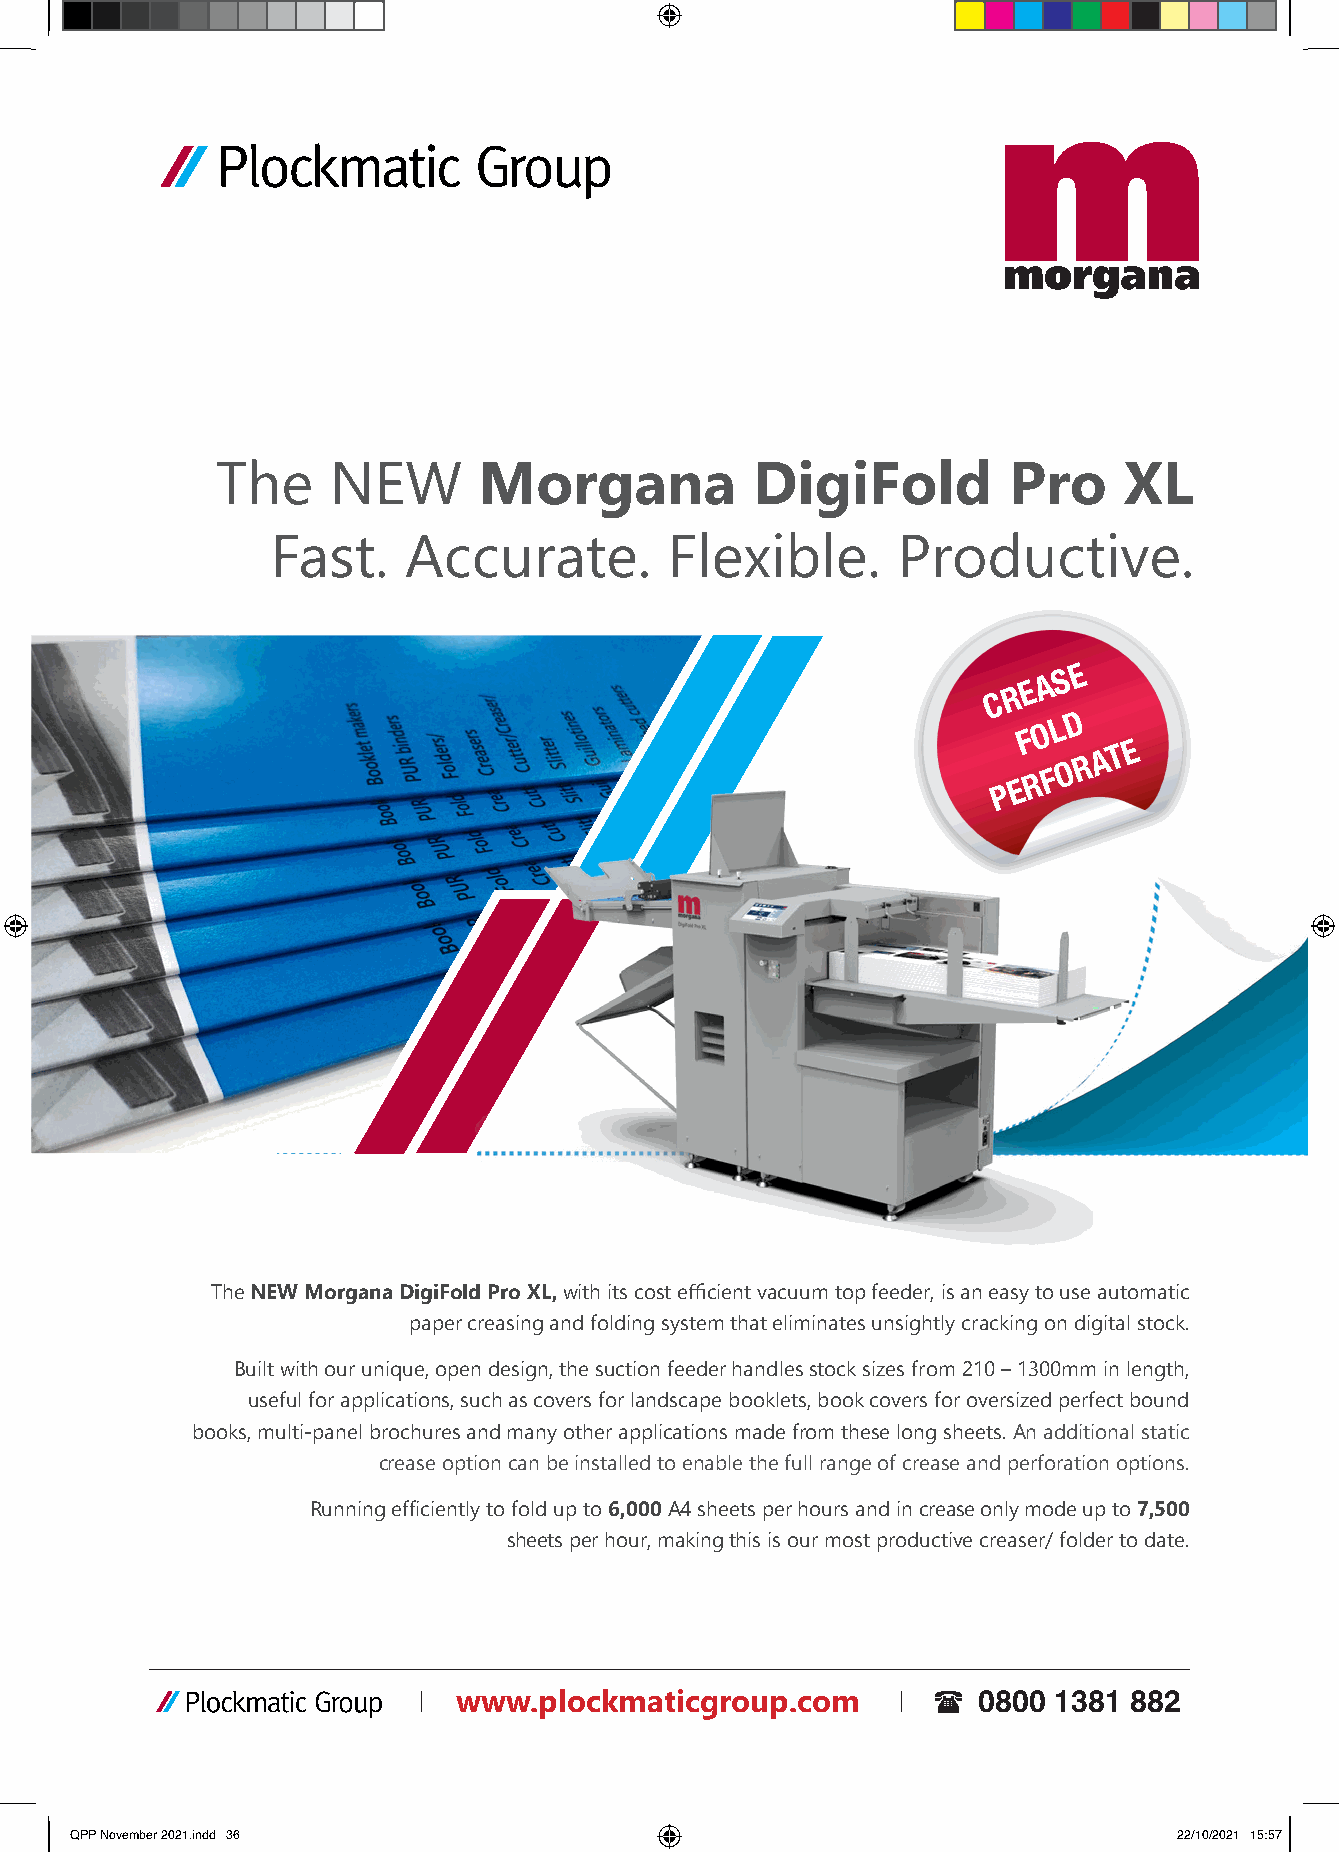
The     NEW       Morgana           DigiFold         Pro    XL
 Fast.    Accurate.        Flexible.      Productive.
 A S E
 R E
 C
 D
 O L
 F
 A T E
 R
 O
 R F
 P E
 The NEW Morgana DigiFold Pro XL, with its cost efficient vacuum top feeder, is an easy to use automatic
 paper creasing and folding system that eliminates unsightly cracking on digital stock.
 Built with our unique, open design, the suction feeder handles stock sizes from 210 – 1300mm in length,
 useful for applications, such as covers for landscape booklets, book covers for oversized perfect bound
 books, multi-panel brochures and many other applications made from these long sheets. An additional static
 crease option can be installed to enable the full range of crease and perforation options.
 Running efficiently to fold up to 6,000 A4 sheets per hours and in crease only mode up to 7,500
 sheets per hour, making this is our most productive creaser/ folder to date.
 | www.plockmaticgroup.com       |   0800 1381 882
 QQPPPP NNoovveemmbbeerr 22002211..iinndddd 3366                          2222//1100//22002211 1155::5577